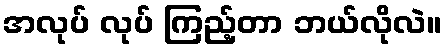
အလုပ် လုပ် ကြည့်တာ ဘယ်လိုလဲ။